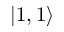
\left| 1 , 1 \right\rangle